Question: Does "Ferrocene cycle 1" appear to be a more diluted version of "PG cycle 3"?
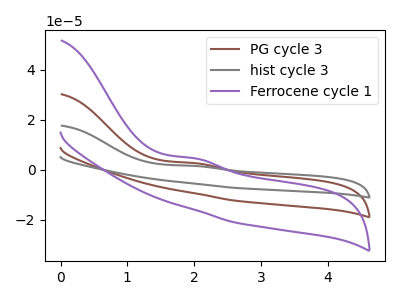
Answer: <think>The brown curve "PG cycle 3" has an anodic peak at: (2.00V, 2.70uA). The gray curve "hist cycle 3" has an anodic peak at: (2.00V, 5.40uA). The purple curve "Ferrocene cycle 1" has an anodic peak at: (2.00V, 4.65uA).
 All the peaks in "Ferrocene cycle 1" have a peak in "PG cycle 3" at the same potential. Every peak in "Ferrocene cycle 1" is higher than every peak in "PG cycle 3".</think>
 <answer>"Ferrocene cycle 1" has more signal than "PG cycle 3" and so likely has a higher concentration.</answer>
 <eval>more_concentration</eval>